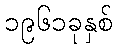
၁၉၆၁ခုနှစ်